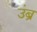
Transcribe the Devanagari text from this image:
उंब्र